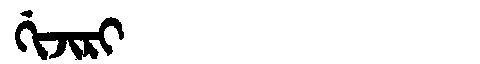
Manchu: ᡤᡳᠵᡳᡵᡳ
Romanization: GIJIRI